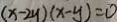
( x - 2 y ) ( x - y ) = 0